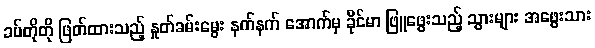
ခပ်တိုတို ဖြတ်ထားသည့် နှုတ်ခမ်းမွေး နက်နက် အောက်မှ ခိုင်မာ ဖြူဖွေးသည့် သွားများ အဖွေးသား